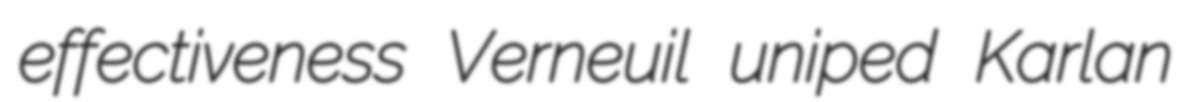
effectiveness Verneuil uniped Karlan